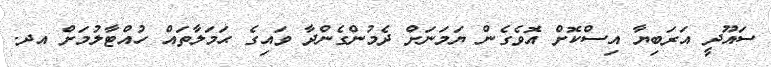
ސައޫދީ އަރަބިޔާ އިސްކޮށް އޮވެގެން ޔަމަނަށް ދެމުންގެންދާ ވައިގެ ޙަމަލާތައް ހުއްޓާލުމަށް އދ.